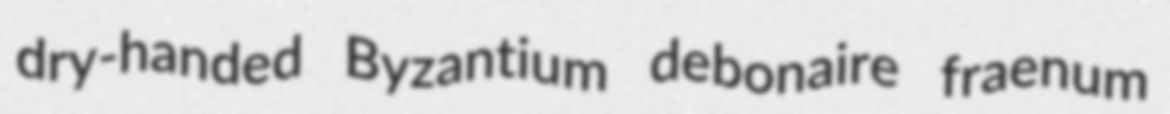
dry-handed Byzantium debonaire fraenum